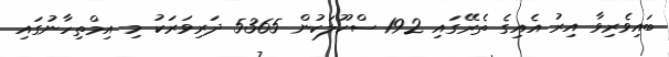
ބައިވެރިވާ އިރު އެއިގެ ތެރޭގައި 192 ސްކޫލަކުން 5365 ދަރިވަރަކު މި އިމްތިހާނުގައި